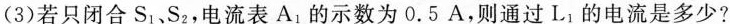
(3)若只闭合S_{1}、S_{2}，电流表A_{1}的示数为0.5A，则通过L_{1}的电流是多少?